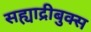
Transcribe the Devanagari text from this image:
सह्याद्रीबुक्स